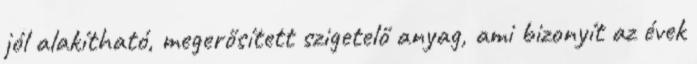
jól alakítható, megerősített szigetelő anyag, ami bizonyít az évek